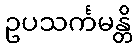
ဥပသင်္ကမန္တိ